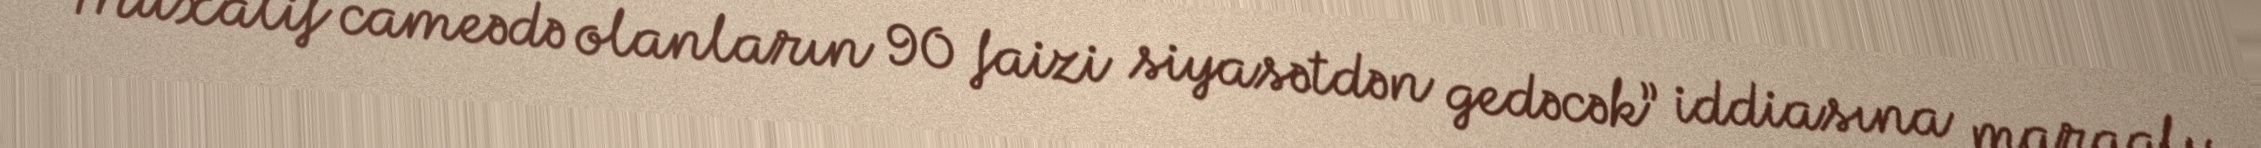
“Müxalif cameədə olanların 90 faizi siyasətdən gedəcək” iddiasına maraqlı